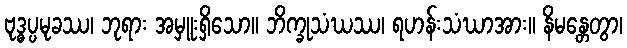
ဗုဒ္ဓပ္ပမုခဿ၊ ဘုရား အမှူးရှိသော။ ဘိက္ခုသံဃဿ၊ ရဟန်းသံဃာအား။ နိမန္တေတွာ၊